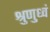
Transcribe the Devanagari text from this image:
श्रुणुध्वं